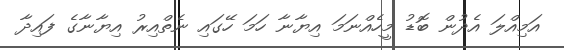
އަމިއްލަ އެދުން ބޮޑު މީހެއްނަމަ އިޔާނާ ހަމަ ހޭގައި ނެތްއިރު އިޔާނާގެ ފައިދާ